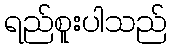
ရည်စူးပါသည်